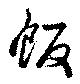
飯